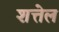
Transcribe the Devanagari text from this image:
शत्तेल